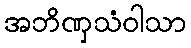
အဘိဏှသံဝါသာ